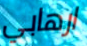
ارهابي